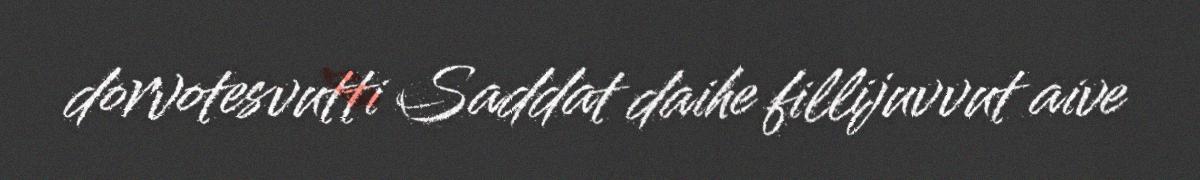
dorvotesvutti Saddat daihe fillijuvvut aive